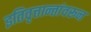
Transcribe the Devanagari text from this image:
इतिवृत्तान्तांवरून